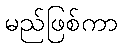
မည်ဖြစ်ကာ